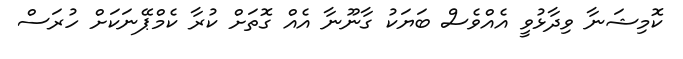
ކޮމިޝަނާ ވިދާޅުވީ އެއްވެސް ބަޔަކު ގާނޫނާ އެއް ގޮތަށް ކުރާ ކެމްޕޭނަކަށް ހުރަސް